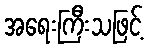
အရေးကြီးသဖြင့်